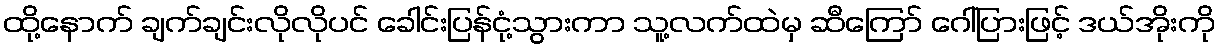
ထို့နောက် ချက်ချင်းလိုလိုပင် ခေါင်းပြန်ငုံ့သွားကာ သူ့လက်ထဲမှ ဆီကြော် ဂေါ်ပြားဖြင့် ဒယ်အိုးကို